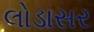
લોડાસર